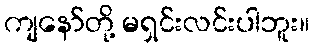
ကျနော်တို့ မရှင်းလင်းပါဘူး။